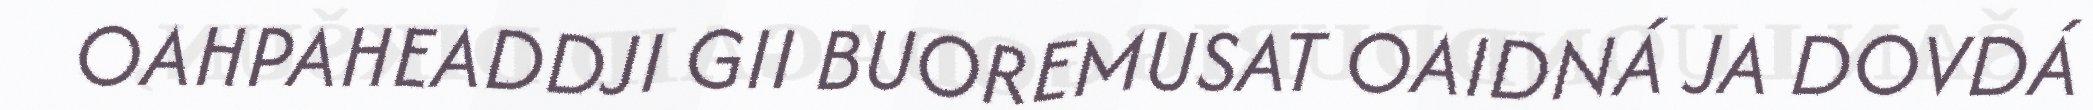
OAHPAHEADDJI GII BUOREMUSAT OAIDNÁ JA DOVDÁ